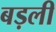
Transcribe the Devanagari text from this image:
बड़ली